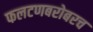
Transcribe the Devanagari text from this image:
फलटणबरोबरच